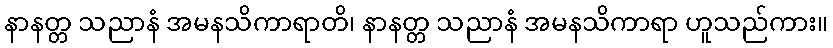
နာနတ္တ သညာနံ အမနသိကာရာတိ၊ နာနတ္တ သညာနံ အမနသိကာရာ ဟူသည်ကား။